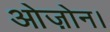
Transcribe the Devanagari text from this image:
ओज़ोन।